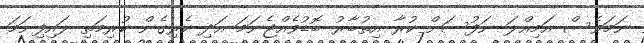
ނަމަވެސް އަމިއްލަ ނަފުސަށް ކުރާ އިތުބާރު ބޮޑުވެއްޖެނަމަ އަދި ކެރިގެން ކުރިމަތި ލައިފިނަމަ